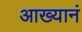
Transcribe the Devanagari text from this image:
आख्यानं